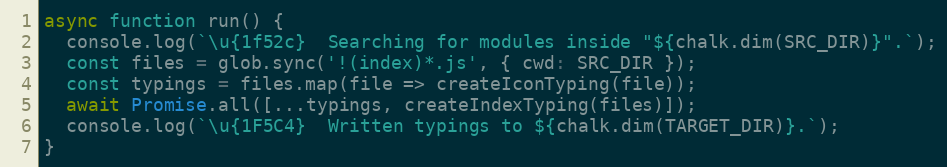
Language: JavaScript
async function run() {
  console.log(`\u{1f52c}  Searching for modules inside "${chalk.dim(SRC_DIR)}".`);
  const files = glob.sync('!(index)*.js', { cwd: SRC_DIR });
  const typings = files.map(file => createIconTyping(file));
  await Promise.all([...typings, createIndexTyping(files)]);
  console.log(`\u{1F5C4}  Written typings to ${chalk.dim(TARGET_DIR)}.`);
}